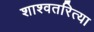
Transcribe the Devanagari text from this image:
शाश्वतरित्या